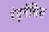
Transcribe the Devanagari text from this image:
रंगूनेंसिस